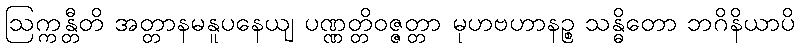
ဩက္ကန္တီတိ အတ္တာနမနူပနေယျ ပဏ္ဏတ္တိဝဇ္ဇတ္တာ မုဟဗဟာနဉ္စ သန္ဓိတော ဘဂိနိယာပိ